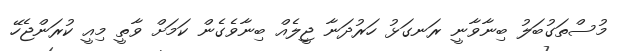
މުސްތަގުބަލު ބިނާވާނީ ރަނގަޅު ހަރުދަނާ ޖީލެއް ބިނާވެގެން ކަމަށް ވާތީ މިއީ ކުރަންޖެހޭ